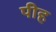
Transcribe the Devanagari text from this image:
पीह